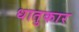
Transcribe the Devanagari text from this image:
धातुकार